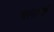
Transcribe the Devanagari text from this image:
चलाचे